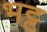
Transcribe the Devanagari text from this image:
भट्ट़